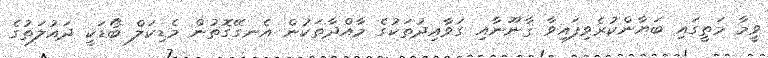
ވީމާ މަތީގައި ބަޔާންކުރެވިފައިވާ ޤާނޫނާއި ގަވާއިދުތަކުގެ މާއްދާތަކުން އެނގޭގޮތުން މެޑިކަލް ބޯޑަކީ ދައުލަތުގެ